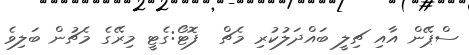
ސްޕޭން އާއި ޗިލީ ބައްދަލުކުރި މެޗް  ފޮޓޯ:ގެޓީ މިރޭގެ މެޗުން ބަލިވެ